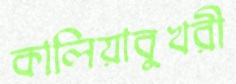
কালিয়াবুখরী